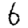
Digit: 6